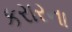
કરારના